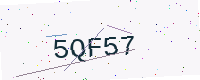
Text: 5QF57